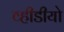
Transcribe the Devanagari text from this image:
व्हीडीयो